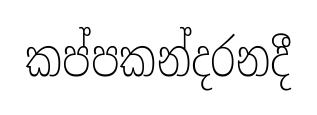
කප්පකන්දරනදී